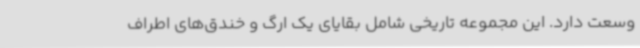
وسعت دارد. این مجموعه‌ تاریخی شامل بقایای یک ارگ و خندق‌های اطراف